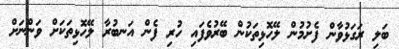
ބަލި ރަގަޅުވާން ފެށުމުން ލޭހޮޅިތަކުން ބޭރުވެފައި ހުރި ފެން އަނބުރާ ލޭހޮޅިތަކަށް ވަންނަށް